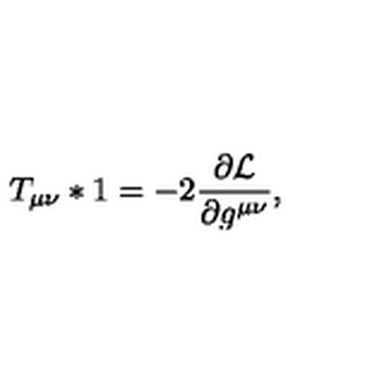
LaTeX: T _ { \mu \nu } * 1 = - 2 \frac { \partial { \cal L } } { \partial g ^ { \mu \nu } } ,